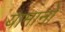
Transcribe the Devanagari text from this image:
यामानो